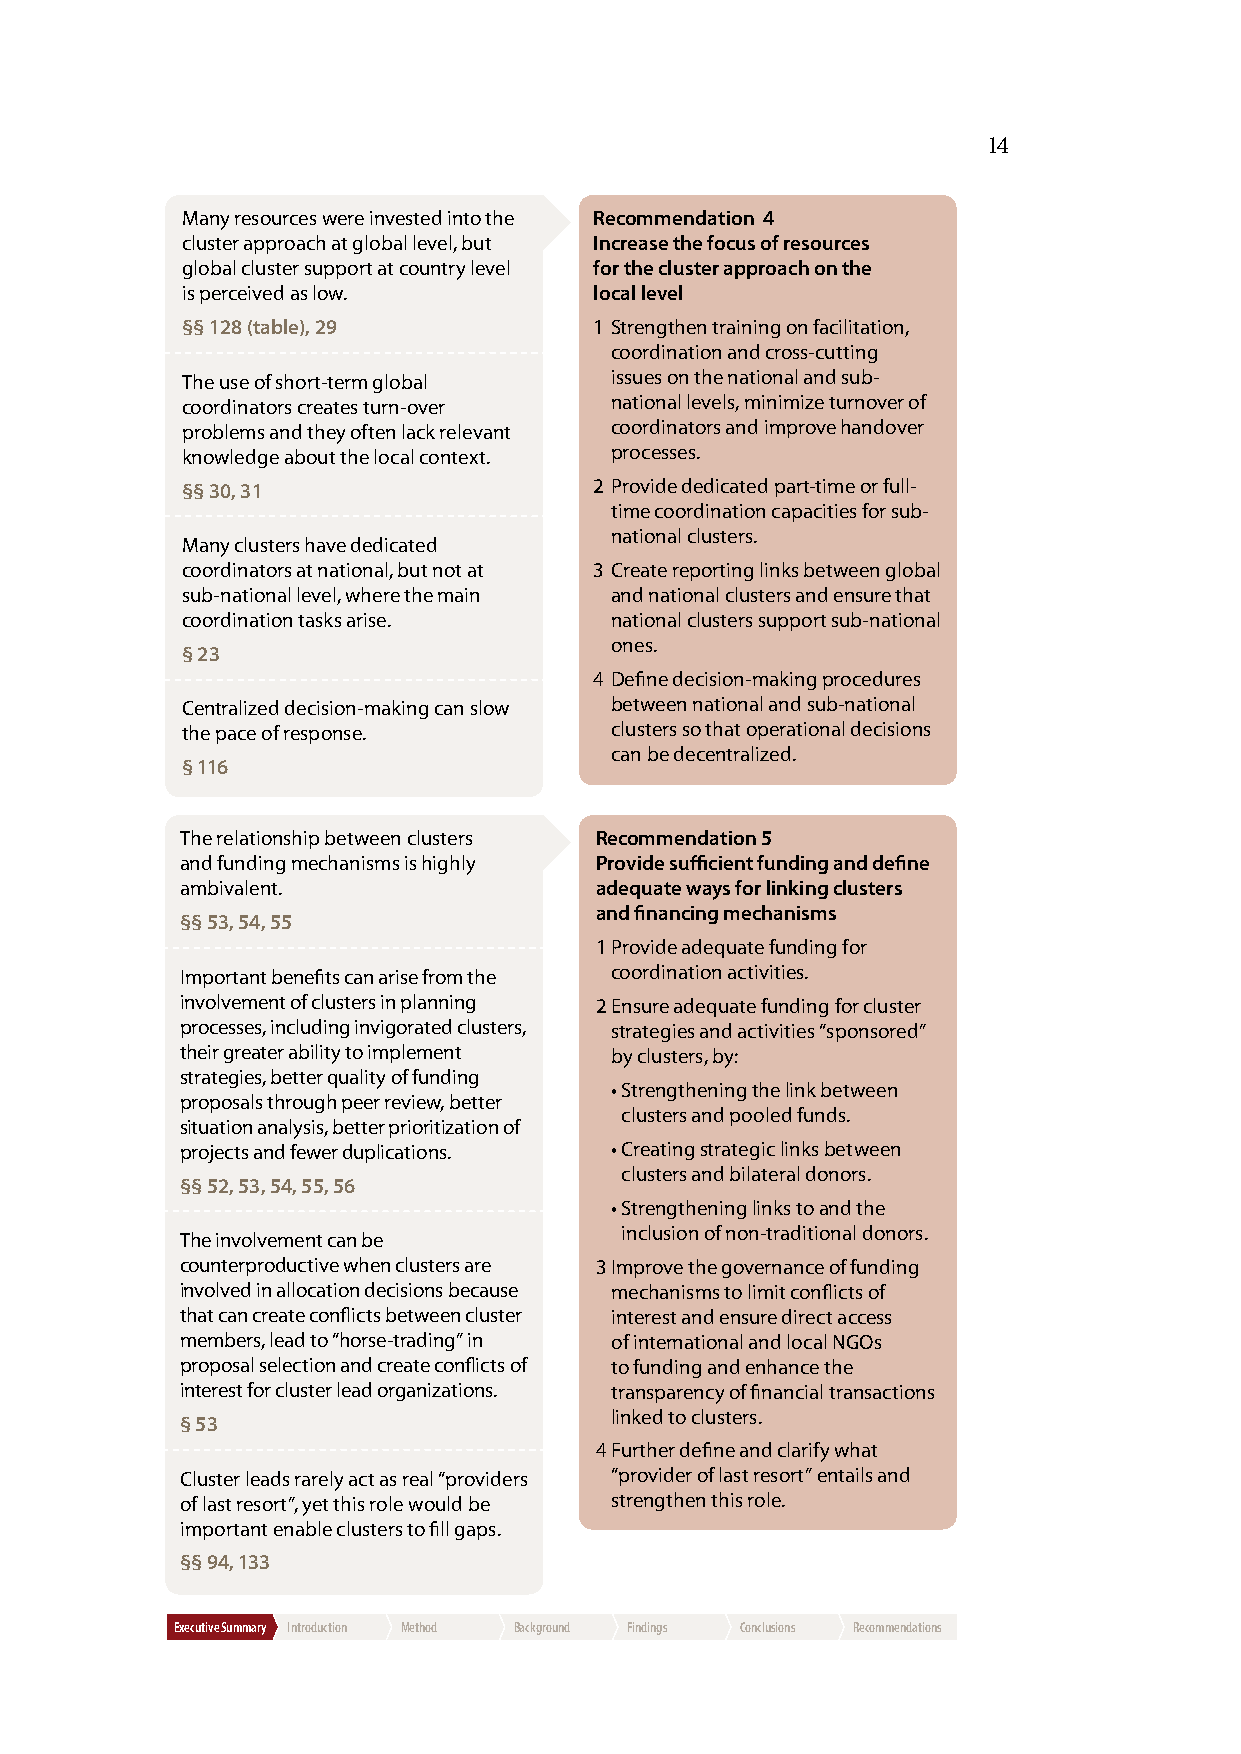
14
 Many resources were invested into the Recommendation 4
 cluster approach at global level, but Increase the focus of resources
 global cluster support at country level for the cluster approach on the
 is perceived as low.       local level
 §§ 128 (table), 29         1 Strengthen training on facilitation,
 coordination and cross-cutting
 The use of short-term global issues on the national and sub-
 coordinators creates turn-over national levels, minimize turnover of
 problems and they often lack relevant coordinators and improve handover
 knowledge about the local context. processes.
 §§ 30, 31                  2 Provide dedicated part-time or full-
 time coordination capacities for sub-
 national clusters.
 Many clusters have dedicated
 coordinators at national, but not at 3 Create reporting links between global
 sub-national level, where the main and national clusters and ensure that
 coordination tasks arise.   national clusters support sub-national
 ones.
 § 23
 4 Define decision-making procedures
 Centralized decision-making can slow between national and sub-national
 the pace of response.       clusters so that operational decisions
 can be decentralized.
 § 116
 The relationship between clusters Recommendation 5
 and funding mechanisms is highly Provide sufficient funding and define
 ambivalent.                adequate ways for linking clusters
 and financing mechanisms
 §§ 53, 54, 55
 1 Provide adequate funding for
 Important benefits can arise from the coordination activities.
 involvement of clusters in planning 2 Ensure adequate funding for cluster
 processes, including invigorated clusters, strategies and activities “sponsored”
 their greater ability to implement by clusters, by:
 strategies, better quality of funding
 • Strengthening the link between
 proposals through peer review, better
 clusters and pooled funds.
 situation analysis, better prioritization of
 projects and fewer duplications. • Creating strategic links between
 clusters and bilateral donors.
 §§ 52, 53, 54, 55, 56
 • Strengthening links to and the
 inclusion of non-traditional donors.
 The involvement can be
 counterproductive when clusters are 3 Improve the governance of funding
 involved in allocation decisions because mechanisms to limit conflicts of
 that can create conflicts between cluster interest and ensure direct access
 members, lead to “horse-trading” in of international and local NGOs
 proposal selection and create conflicts of to funding and enhance the
 interest for cluster lead organizations. transparency of financial transactions
 linked to clusters.
 § 53
 4 Further define and clarify what
 Cluster leads rarely act as real “providers “provider of last resort” entails and
 of last resort”, yet this role would be strengthen this role.
 important enable clusters to fill gaps.
 §§ 94, 133
 Executive Summary Introduction Method Background Findings Conclusions Recommendations